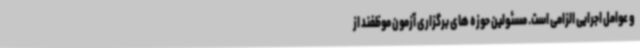
و عوامل اجرایی الزامی است. مسئولین حوزه های برگزاری آزمون موظفند از